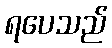
ရပေသည်